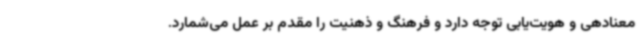
معنادهی و هویت‌یابی توجه دارد و فرهنگ و ذهنیت را مقدم بر عمل می‌شمارد.